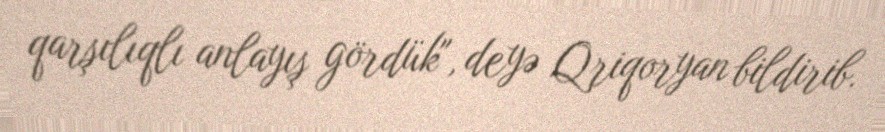
qarşılıqlı anlayış gördük", deyə Qriqoryan bildirib.